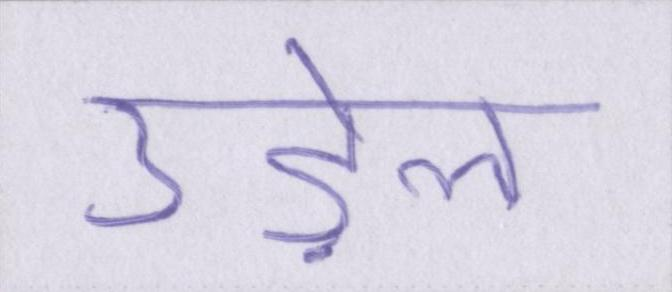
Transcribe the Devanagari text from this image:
उड़ेल